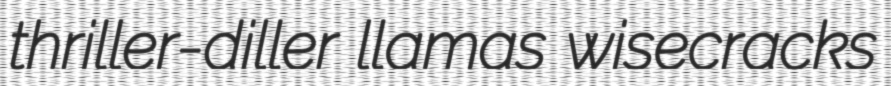
thriller-diller llamas wisecracks